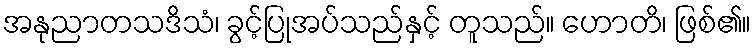
အနုညာတသဒိသံ၊ ခွင့်ပြုအပ်သည်နှင့် တူသည်။ ဟောတိ၊ ဖြစ်၏။